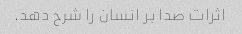
اثرات صدا بر انسان را شرح دهد.